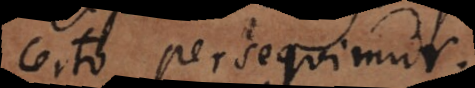
certo persequimur.